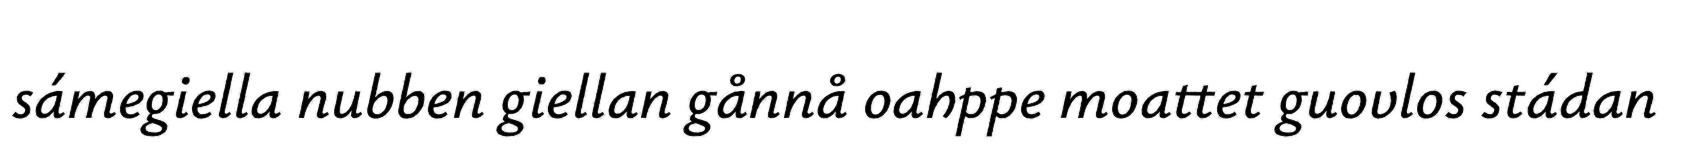
sámegiella nubben giellan gånnå oahppe moattet guovlos stádan